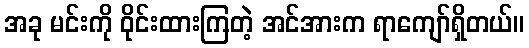
အခု မင်းကို ဝိုင်းထားကြတဲ့ အင်အားက ရာကျော်ရှိတယ်။